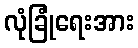
လုံခြုံရေးအား